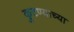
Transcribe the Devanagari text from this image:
कुटण्याच्या